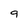
Character: 9